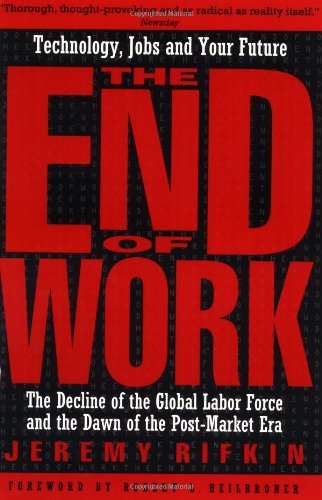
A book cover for The End of Work:  The Decline of the Global Labor Force and the Dawn of the Post-Market Era; Jeremy Rifkin; Business & Money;